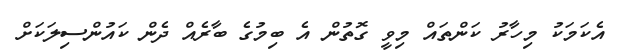
އެކަމަކު މިހާރު ކަންތައް މިވީ ގޮތުން އެ ބިމުގެ ބާރެއް ދެން ކައުންސިލަކަށް